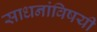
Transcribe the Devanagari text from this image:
साधनांविषयी